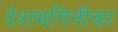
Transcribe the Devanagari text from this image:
देशभगिनीवर